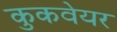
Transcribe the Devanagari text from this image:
कुकवेयर